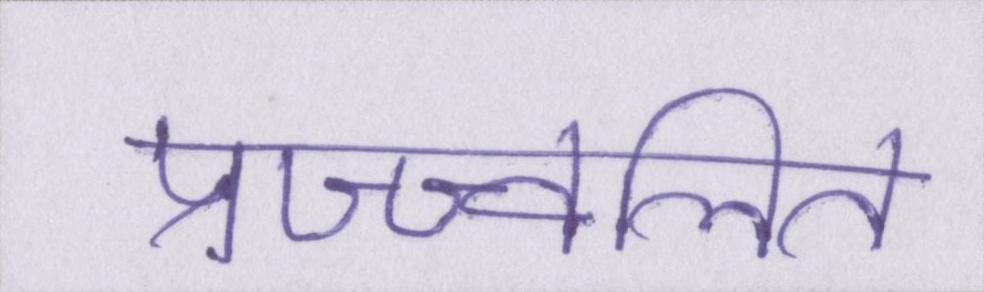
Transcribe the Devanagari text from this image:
प्रज्ज्वलित